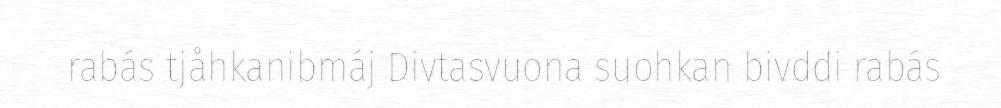
rabás tjåhkanibmáj Divtasvuona suohkan bivddi rabás